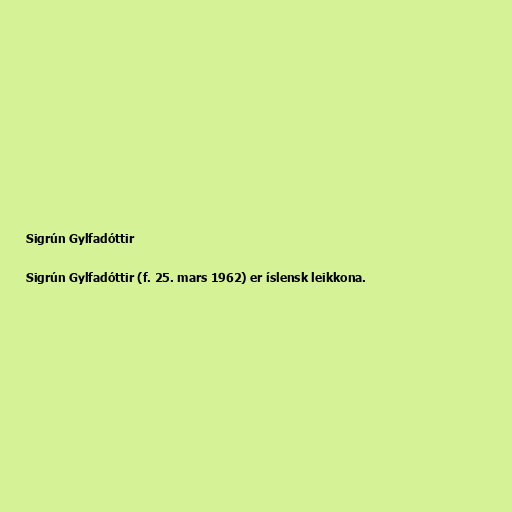
Sigrún Gylfadóttir

Sigrún Gylfadóttir (f. 25. mars 1962) er íslensk leikkona.